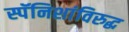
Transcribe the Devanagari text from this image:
स्पॅनिशांविरुद्ध